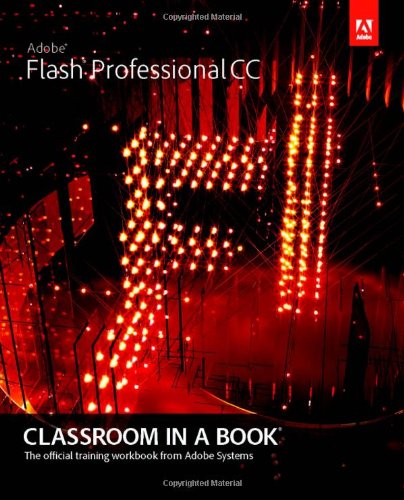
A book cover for Adobe Flash Professional CC Classroom in a Book; Adobe Creative Team; Computers & Technology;